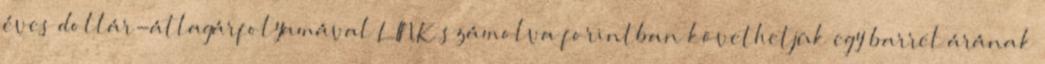
éves dollár-átlagárfolyamával LINK számolva forintban követhetjük egy barrel árának